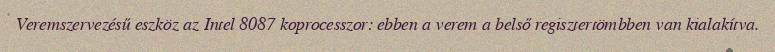
Veremszervezésű eszköz az Intel 8087 koprocesszor: ebben a verem a belső regisztertömbben van kialakítva.